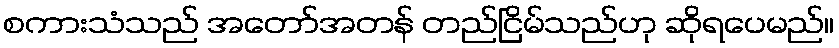
စကားသံသည် အတော်အတန် တည်ငြိမ်သည်ဟု ဆိုရပေမည်။